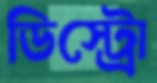
ডিস্ট্রো